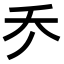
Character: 𠂚